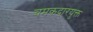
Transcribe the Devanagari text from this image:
चमकदारयुक्त